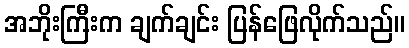
အဘိုးကြီးက ချက်ချင်း ပြန်ဖြေလိုက်သည်။